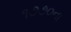
૧૭૭૦ના